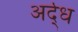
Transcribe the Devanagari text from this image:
अर्द्‌ध